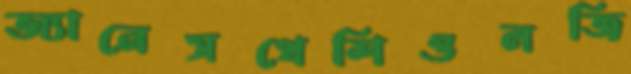
অ্যানেসথেশিওলজি